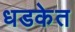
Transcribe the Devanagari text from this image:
धडकेत